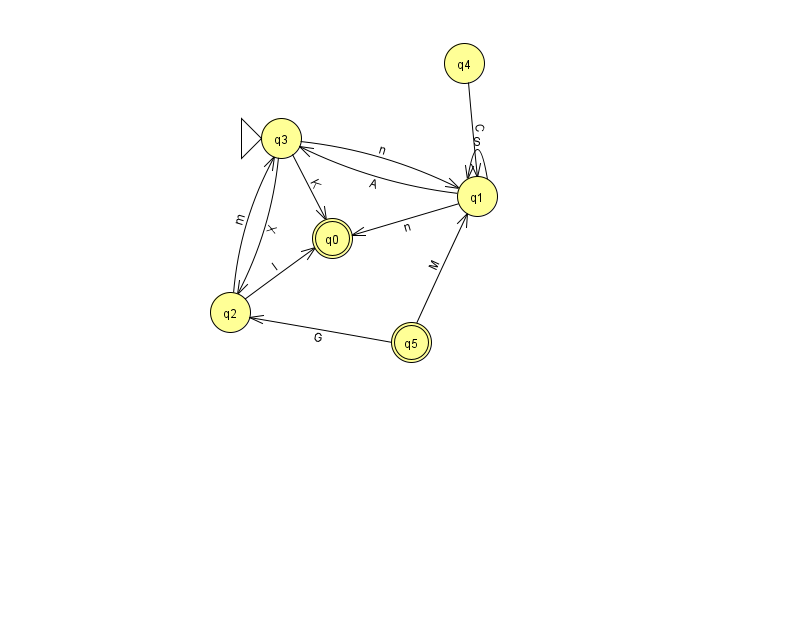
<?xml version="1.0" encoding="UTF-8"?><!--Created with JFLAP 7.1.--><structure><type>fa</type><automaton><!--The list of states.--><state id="0" name="q0"><x>332.0</x><y>225.0</y><final/></state><state id="1" name="q1"><x>477.0</x><y>183.0</y></state><state id="2" name="q2"><x>230.0</x><y>299.0</y></state><state id="3" name="q3"><x>281.0</x><y>125.0</y><initial/></state><state id="4" name="q4"><x>464.0</x><y>50.0</y></state><state id="5" name="q5"><x>411.0</x><y>329.0</y><final/></state><!--The list of transitions.--><transition><from>1</from><to>0</to><read>n</read></transition><transition><from>1</from><to>1</to><read>S</read></transition><transition><from>2</from><to>3</to><read>m</read></transition><transition><from>2</from><to>0</to><read>l</read></transition><transition><from>3</from><to>1</to><read>n</read></transition><transition><from>3</from><to>2</to><read>X</read></transition><transition><from>4</from><to>1</to><read>C</read></transition><transition><from>5</from><to>1</to><read>M</read></transition><transition><from>5</from><to>2</to><read>G</read></transition><transition><from>1</from><to>3</to><read>A</read></transition><transition><from>3</from><to>0</to><read>K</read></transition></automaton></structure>